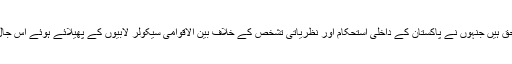
اس کے ساتھ ہی وہ مسیحی راہنما بھی پوری قوم کی طرف سے مبارکباد اور شکریے کے مستحق ہیں جنہوں نے پاکستان کے داخلی استحکام اور نظریاتی تشخص کے خلاف بین الاقوامی سیکولر لابیوں کے پھیلائے ہوئے اس جال میں پھنسنے سے نہ صرف انکار کر دیا بلکہ اس کی نشاندہی کر کے سازش کو بے نقاب کیا۔